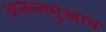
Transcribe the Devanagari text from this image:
अनन्तमुखाय